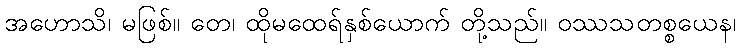
အဟောသိ၊ မဖြစ်။ တေ၊ ထိုမထေရ်နှစ်ယောက် တို့သည်။ ဝဿသတစ္စယေန၊